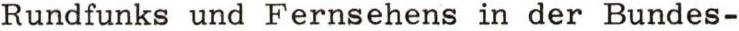
Rundfunks und Fernsehens in der Bundes-